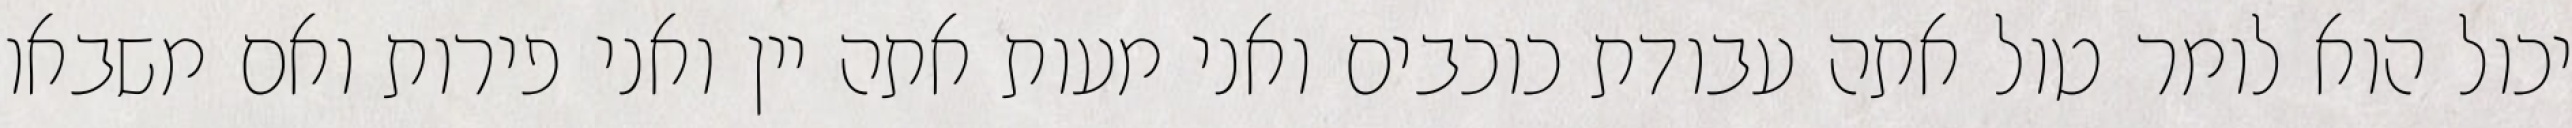
יכול הוא לומר טול אתה עבודת כוכבים ואני מעות אתה יין ואני פירות ואם משבאו